King Institute of Preventive Medicine Micro-Biological Section reports 1912-19
Year: 1912
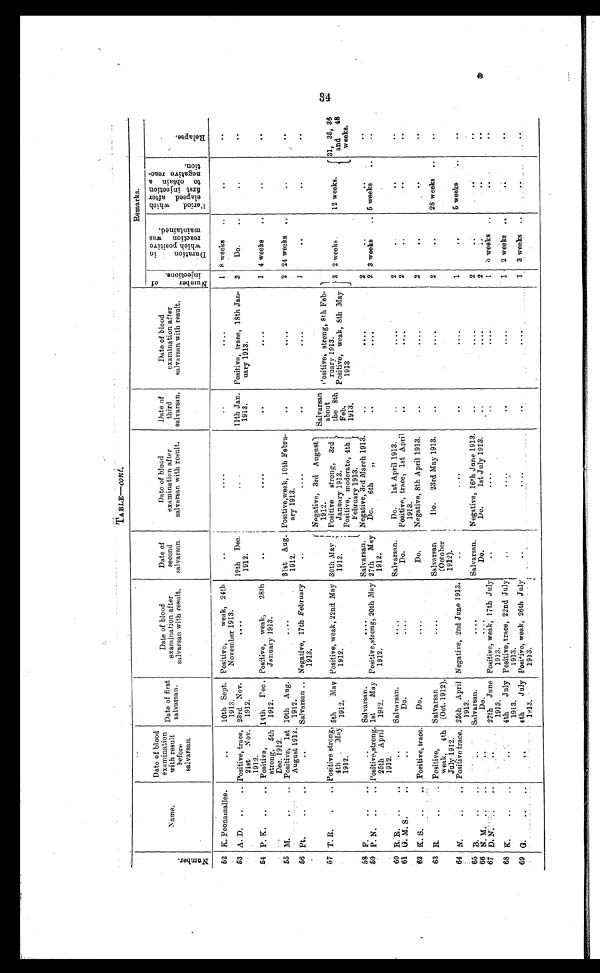
TABLE—cont.
Numbe r .
Name.
Date of blood
examination
with result
before
salvarsan.
Date of first
s a l v a r s a n .
Date of blood
examination after
salvarsan with result.
Date of
second
salvarsan.
Date of blood
examination after
salvarsan with result.
Date of
third
salvarsan.
Date of blood
examination after
salvarsan. with result.
Remarks.
N u m b e r o f i n j e c t i o n s .
D u r a t i o n i n w h i c h p o s i t i v e r e a c t i o n w a s m a i n t a i n e d .
P e r i o d w h i c h e l a p s e d a f t e r f i r s t i n j e c t i o n t o o b t a i n a n e g a t i v e r e a c - t i o n .
Rel apes .
52 K. Poonamallee.
..
10th Sept.
1913.
Positive,
weak, 24th
November 1913.
..
....
..
....
1 8 weeks
..
..
..
53 A. D. ..
.. Positive, trace,
21st Nov.
1912.
23rd Nov.
1912.
....
19th Dec.
1912.
...
11th Jan.
1913.
Positive, trace, 18th Jan-
nary 1913.
3
Do.
..
..
..
54 P. K. ..
.. Positive,
strong, 5th
Dec. 1912.
14th Dec.
1912.
Positive, weak,
28th
January 1913.
..
. . . .
..
....
1 4 weeks
..
..
..
55 M.
. .
.. Positive, 1st
August 1912.
10th Aug.
1912.
....
31st Aug.
1912.
Positive, weak, 10th Febru-
ary 1913.
..
....
2 24 weeks ..
..
..
56 Pt.
..
..
..
Salvarsan .. Negative, 17th February
1913.
..
....
..
....
1
..
..
..
57 T. R.
.
.. Positive strong,
4th May
1912.
5th
May
1912.
Positive, weak, 22nd May
1912.
30th Ma y
1912.
Negative, 3rd August
1912.
Positive strong, 3rd
January 1913.
Positive, moderate, 4th
February 1913.
Salvarsan
about
the 8th
Feb.
1913.
P o s i t i v e , s t r o n g , 8 t h F e b -
ruary 1913.
Positive, weak, 8th May
1913.
3 2 weeks.
12 weeks.
31, 35, 36
and 48
weeks.
58 F.... ..
..
Salvarsan.
....
Salvarsan. Negative, 3rd March 1913.
..
....
2
..
..
..
59 P. N. ..
.. Positive, strong.
25th April
1912.
1st
May
1912.
Positive, strong, 20th May
1912.
27th May
1912.
Do. 6th
"
..
....
2 3 weeks
.. 5 weeks
..
60 R. R. ..
..
..
Salvarsan.
....
Salvarsan.
Do. 1st April 1913.
..
....
2
..
..
..
61 G. M. S.
..
..
Do.
....
Do.
Positive, trace, 1st April
1913.
..
....
2 ..
..
..
62 K. S. ..
.. Positive, trace.
Do.
....
Do.
Negative, 8th April 1913.
..
....
2
..
..
..
63 R. ..
.. Positive,
weak, 4th
July 1912.
Salvarsan
(Oct. 1912).
....
Salvarsan
(October
1912).
Do. 23rd May 1913.
..
....
2
..
28 weeks ..
..
64 N.
..
.. Positive trace. 25th April
1913.
Negative, 2nd June 1913.
..
....
..
....
1
..
5 weeks
..
65 B. ..
..
. .
Salvarsan.
....
Salvarsan. Negative, 16th June 1913.
..
....
2
..
..
..
66 N. M. .. ..
..
Do.
....
Do.
Do.
1st July 1913. ..
....
2
..
..
..
67 D. N.
.. ..
27th June
1913.
Positive, weak, 17th July
1913.
..
....
..
....
1 3 weeks ..
..
..
68 K.
..
.. ..
4th
July
1913.
Positive, trace, 22nd July
1 913 .
..
....
..
....
1 2 weeks ..
..
..
69 G. ..
..
..
4th
July
1913.
Positive, weak, 26th July
1913.
..
....
..
....
1
3 weeks ..
..
..